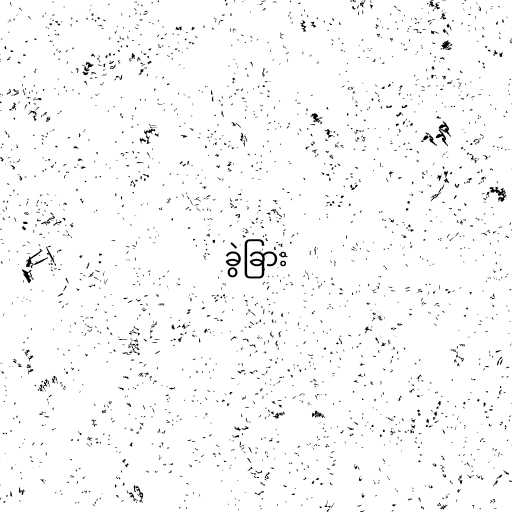
ခွဲခြား